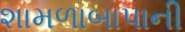
શામળાબાપાની